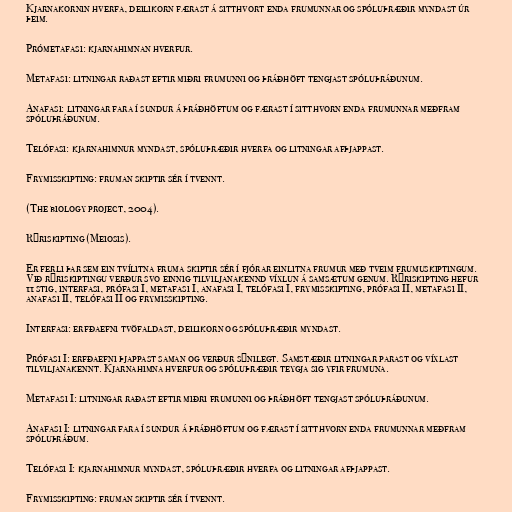
Kjarnakornin hverfa, deilikorn færast á sitthvort enda frumunnar og spóluþræðir myndast úr
þeim.

Prómetafasi: kjarnahimnan hverfur.

Metafasi: litningar raðast eftir miðri frumunni og þráðhöft tengjast spóluþráðunum.

Anafasi: litningar fara í sundur á þráðhöftum og færast í sitthvorn enda frumunnar meðfram
spóluþráðunum.

Telófasi: kjarnahimnur myndast, spóluþræðir hverfa og litningar afþjappast.

Frymisskipting: fruman skiptir sér í tvennt.

(The biology project, 2004).

Rýriskipting (Meiosis).

Er ferli þar sem ein tvílitna fruma skiptir sér í fjórar einlitna frumur með tveim frumuskiptingum.
Við rýriskiptingu verður svo einnig tilviljanakennd víxlun á samsætum genum. Rýriskipting hefur
11 stig, interfasi, prófasi I, metafasi I, anafasi I, telófasi I, frymisskipting, prófasi II, metafasi II,
anafasi II, telófasi II og frymisskipting.

Interfasi: erfðaefni tvöfaldast, deilikorn og spóluþræðir myndast.

Prófasi I: erfðaefni þjappast saman og verður sýnilegt. Samstæðir litningar parast og víxlast
tilviljanakennt. Kjarnahimna hverfur og spóluþræðir teygja sig yfir frumuna.

Metafasi I: litningar raðast eftir miðri frumunni og þráðhöft tengjast spóluþráðunum.

Anafasi I: litningar fara í sundur á þráðhöftum og færast í sitthvorn enda frumunnar meðfram
spóluþráðum.

Telófasi I: kjarnahimnur myndast, spóluþræðir hverfa og litningar afþjappast.

Frymisskipting: fruman skiptir sér í tvennt.